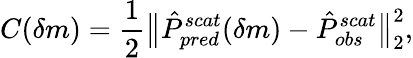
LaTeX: C(\delta m)=\frac{1}{2}\big\| \hat{P}_{pred}^{scat}(\delta m)-\hat{P}_{obs}^{scat}\big\| _{2}^{2},